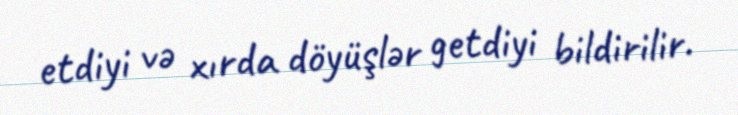
etdiyi və xırda döyüşlər getdiyi bildirilir.